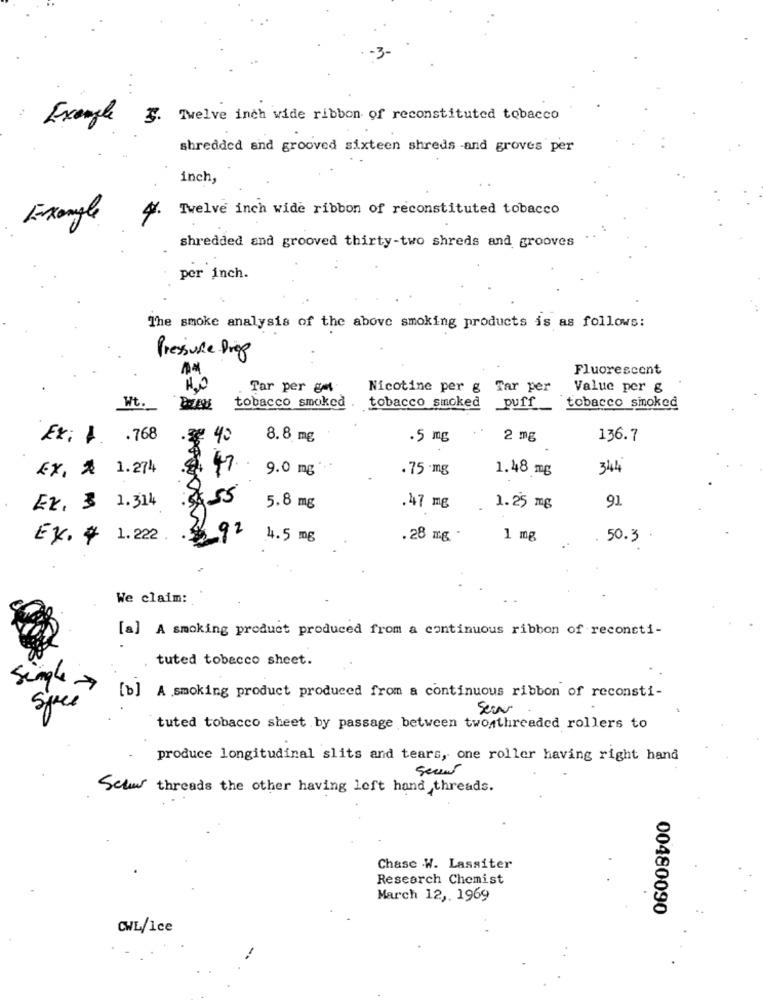
..
Exemple
f. Twelve inch wide ribbon of reconstituted tobacco
shredded and grooved sixteen shreds -and groves per
inch,
Twelve inch wide ribbon of reconstituted tobacco
4.
Exangle
shredded and grooved thirty-two shreds and grooves
per inch.
The smoke analysis of the above smoking products is as follows:
Pressure Drop
Fluorescent
Tar per ga
Nicotine per g Tar per
Value per &
Wt.
tobacco smoked
tobacco smoked
puff
tobacco sinoked
Ex: 1 .768
- 40
8.8 mg
.5 mg
2 mg
136.7
EX, ₡ 1.274
47
9.0 mg
.75-mg
1.48 mg
344
55
.47 mg
91
Et, 3 1.314
5.8 mg
1.25 mg
92
E.¥ 1.222 .
4.5 mg
. 28 mg
1 mg
50.3
We claim:
[a] A smoking product produced from a continuous ribbon of reconsti-
tuted tobacco sheet.
Simple >
Space
[b] A smoking product produced from a continuous ribbon of reconsti-
Ser
tuted tobacco sheet by passage between twoathreaded rollers to
produce longitudinal slits and tears, one roller having right hand
sean
Schw threads the other having left hand threads.
Chase .W. Lassiter
Research Chemist
March 12 ,. 1969
00480090
CWL/Ice